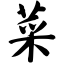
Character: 菜